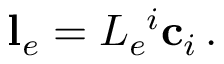
\mathbf { l } _ { e } = L _ { e } ^ { \phantom { e } i } \mathbf { c } _ { i } \, .